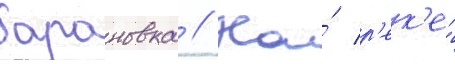
барановка // На́ р'ек'е́